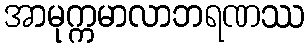
အာမုက္ကမာလာဘရဏဿ